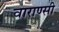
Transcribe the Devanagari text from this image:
वाराण्सी